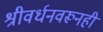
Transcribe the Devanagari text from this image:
श्रीवर्धनवरूनही